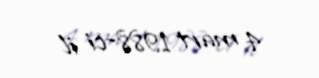
4 mart 1988-ci il